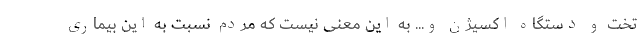
تخت و دستگاه اکسیژن و... به این معنی نیست که مردم نسبت به این بیماری